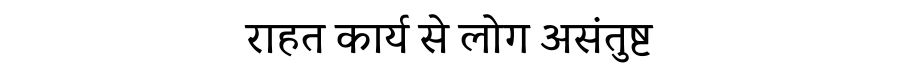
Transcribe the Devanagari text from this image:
राहत कार्य से लोग असंतुष्ट